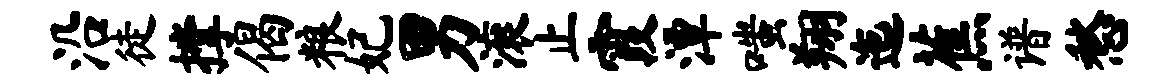
沿徒撑偈粮妃男滚止霞潭嗤翔迤蕉谱愁